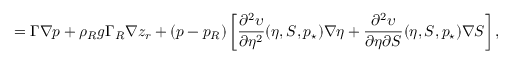
= \Gamma \nabla p + \rho _ { R } g \Gamma _ { R } \nabla z _ { r } + ( p - p _ { R } ) \left[ \frac { \partial ^ { 2 } \upsilon } { \partial \eta ^ { 2 } } ( \eta , S , p _ { \star } ) \nabla \eta + \frac { \partial ^ { 2 } \upsilon } { \partial \eta \partial S } ( \eta , S , p _ { \star } ) \nabla S \right] ,